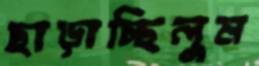
ছাড়াচ্ছিলুম